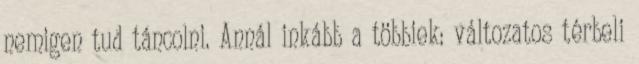
nemigen tud táncolni. Annál inkább a többiek: változatos térbeli